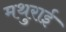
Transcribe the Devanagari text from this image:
मथुराई